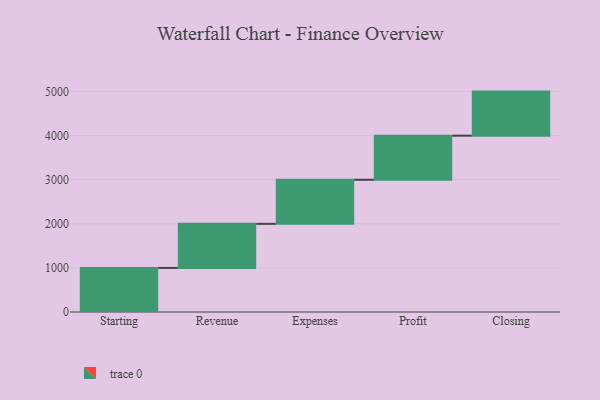
{"axis": {"x": "Step", "y": "Value"}, "legend": [""], "data": [{"x": "Starting", "y": 1000, "type": ""}, {"x": "Revenue", "y": 1000, "type": ""}, {"x": "Expenses", "y": 1000, "type": ""}, {"x": "Profit", "y": 1000, "type": ""}, {"x": "Closing", "y": 1000, "type": ""}]}